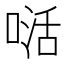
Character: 𭉉